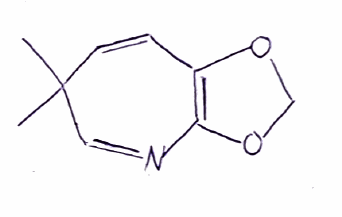
Simplified molecular-input line-entry system (SMILES) notation of the given molecule:
CC1(C=CC2=C(N=C1)OCO2)C